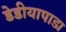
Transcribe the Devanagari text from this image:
डेडीयापाडा